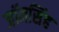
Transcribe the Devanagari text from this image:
जॉनसिंह